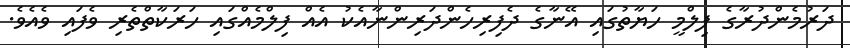
ދަރުމެންދުރާގެ ފިލްމީ ހަޔާތުގައި އޭނާގެ ދެފިރިހެންދަރިންނާއެކު އެއް ފިލްމެއްގައި ހަރަކާތްތެރި ވެފައި ވެއެވެ.